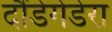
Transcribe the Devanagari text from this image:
दौंडेगेडेरा